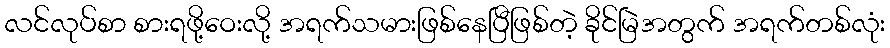
လင်လုပ်စာ စားရဖို့ဝေးလို့ အရက်သမားဖြစ်နေပြီဖြစ်တဲ့ ခိုင်မြဲအတွက် အရက်တစ်လုံး